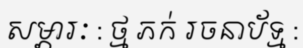
សម្ភារៈ : ថ្ម ភក់ រចនាប័ទ្ម :